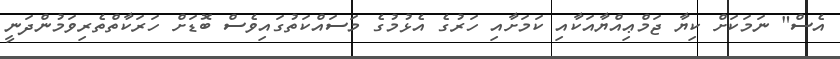
އެސް" ނަމަކަށްް ކިޔާ ޖަމްޢިއްޔާއަކާއި ކަމަށާއި ހަރުގެ އެޅުމުގެ މަސައްކަތުގައިވެސް ބޮޑަށް ހަރަކާތްތެރިވަމުންދަނީ